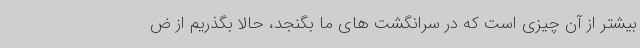
بیشتر از آن چیزی است که در سرانگشت های ما بگنجد، حالا بگذریم از ض